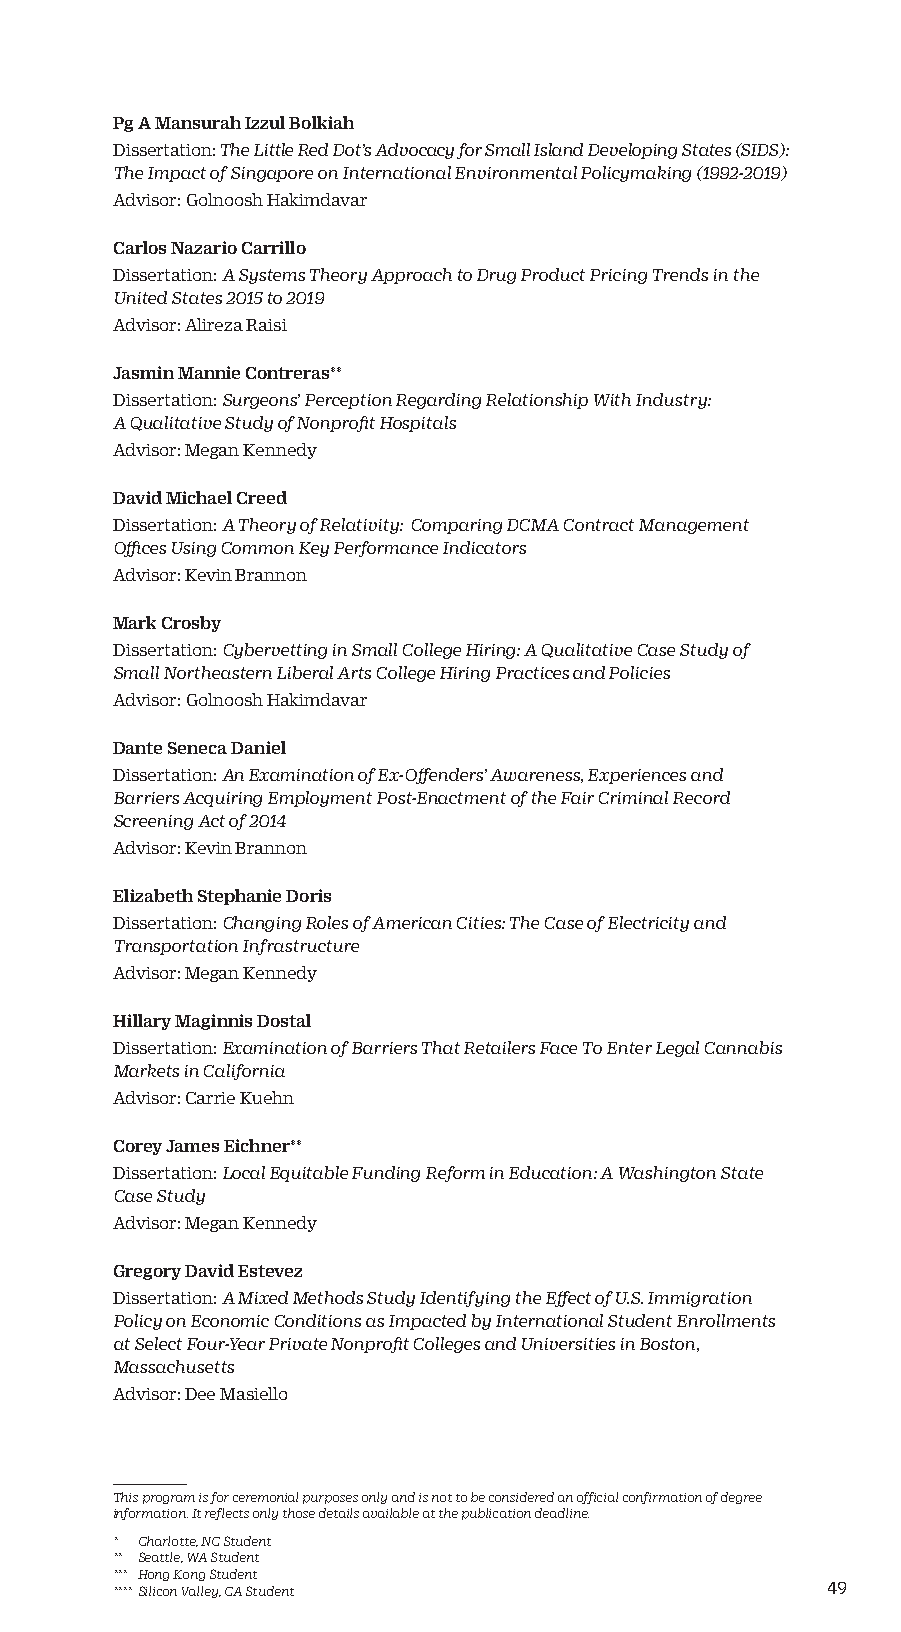
Pg A Mansurah Izzul Bolkiah
 Dissertation: The Little Red Dot’s Advocacy for Small Island Developing States (SIDS):
 The Impact of Singapore on International Environmental Policymaking (1992-2019)
 Advisor: Golnoosh Hakimdavar
 Carlos Nazario Carrillo
 Dissertation: A Systems Theory Approach to Drug Product Pricing Trends in the
 United States 2015 to 2019
 Advisor: Alireza Raisi
 Jasmin Mannie Contreras**
 Dissertation: Surgeons’ Perception Regarding Relationship With Industry:
 A Qualitative Study of Nonprofit Hospitals
 Advisor: Megan Kennedy
 David Michael Creed
 Dissertation: A Theory of Relativity: Comparing DCMA Contract Management
 Offices Using Common Key Performance Indicators
 Advisor: Kevin Brannon
 Mark Crosby
 Dissertation: Cybervetting in Small College Hiring: A Qualitative Case Study of
 Small Northeastern Liberal Arts College Hiring Practices and Policies
 Advisor: Golnoosh Hakimdavar
 Dante Seneca Daniel
 Dissertation: An Examination of Ex-Offenders’ Awareness, Experiences and
 Barriers Acquiring Employment Post-Enactment of the Fair Criminal Record
 Screening Act of 2014
 Advisor: Kevin Brannon
 Elizabeth Stephanie Doris
 Dissertation: Changing Roles of American Cities: The Case of Electricity and
 Transportation Infrastructure
 Advisor: Megan Kennedy
 Hillary Maginnis Dostal
 Dissertation: Examination of Barriers That Retailers Face To Enter Legal Cannabis
 Markets in California
 Advisor: Carrie Kuehn
 Corey James Eichner**
 Dissertation: Local Equitable Funding Reform in Education: A Washington State
 Case Study
 Advisor: Megan Kennedy
 Gregory David Estevez
 Dissertation: A Mixed Methods Study Identifying the Effect of U.S. Immigration
 Policy on Economic Conditions as Impacted by International Student Enrollments
 at Select Four-Year Private Nonprofit Colleges and Universities in Boston,
 Massachusetts
 Advisor: Dee Masiello
 This program is for ceremonial purposes only and is not to be considered an official confirmation of degree
 information. It reflects only those details available at the publication deadline.
 * Charlotte, NC Student
 ** Seattle, WA Student
 *** Hong Kong Student
 **** Silicon Valley, CA Student                 49